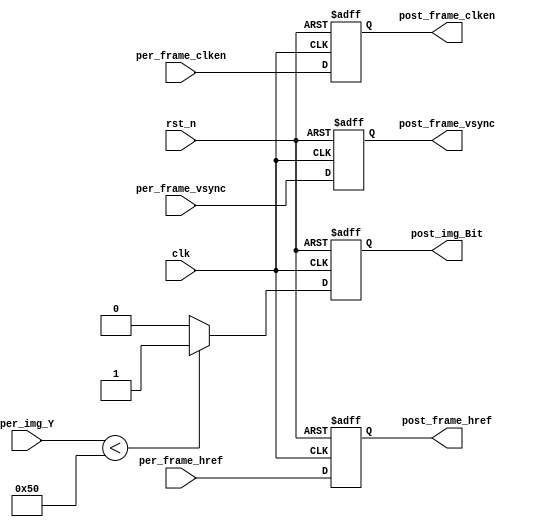

module picture_binarization #(                           
  parameter  THRESHOLD  = 8'd80)  //
(
    //global signal
    input			clk              ,
	input			rst_n            ,
	//Image data prepred to be processed   
	input			per_frame_vsync  ,
    input			per_frame_href   ,
    input			per_frame_clken  ,
    input  [7:0]	per_img_Y        ,
	//Image data has been processed   
	output			post_frame_vsync ,
	output			post_frame_href  ,
	output			post_frame_clken ,
	output   	    post_img_Bit        
);
//reg define
reg    post_frame_vsync_r;
reg    post_frame_href_r;
reg    post_frame_clken_r;
reg    post_img_Bit_r;
assign  post_frame_vsync    = post_frame_vsync_r  ;
assign  post_frame_href     = post_frame_href_r   ;
assign  post_frame_clken    = post_frame_clken_r  ;
assign  post_img_Bit        = post_img_Bit_r      ;
//
always @(posedge clk or negedge rst_n) begin
    if(!rst_n)
        post_img_Bit_r <= 1'b0;
    else if(per_img_Y < THRESHOLD)   //
        post_img_Bit_r <= 1'b1; //
    else
        post_img_Bit_r <= 1'b0; //
end
 
//1
always@(posedge clk or negedge rst_n) begin
    if(!rst_n) begin
        post_frame_vsync_r <= 1'd0;
        post_frame_href_r <= 1'd0;
        post_frame_clken_r <= 1'd0;
    end
    else begin
        post_frame_vsync_r <= per_frame_vsync;
		post_frame_href_r  <= per_frame_href;
        post_frame_clken_r <= per_frame_clken;
    end
end
endmodule